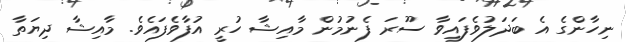
ނިހާންގެ އެ ބަދަލުވެފައިވާ ސޫރަ ފެނުމުން މާއިޝާ ހުރީ އުފާވެފައެވެ. މާއިޝާ ދިޔަތާ